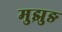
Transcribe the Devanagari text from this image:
मुझुङ